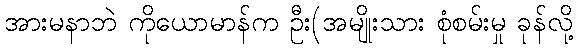
အားမနာဘဲ ကိုယောမာန်က ဦး(အမျိုးသား စုံစမ်းမှု ခုန်လို့